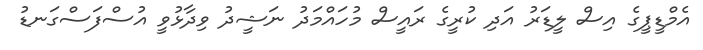
އެމްޑީޕީގެ އިސް ލީޑަރު އަދި ކުރީގެ ރައީސް މުހައްމަދު ނަޝީދު ވިދާޅުވީ އުސްފަސްގަނޑު